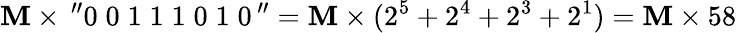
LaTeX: \mathbf{M}\times\, ^{\prime\prime}0\; 0\; 1\; 1\; 1\; 0\; 1\; 0\, ^{\prime\prime}=\mathbf{M}\times(2^{5}+2^{4}+2^{3}+2^{1})=\mathbf{M}\times58